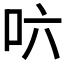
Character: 𠯿